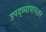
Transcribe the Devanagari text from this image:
उपद्व्यापानंतर